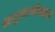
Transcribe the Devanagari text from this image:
अनुयायीआज